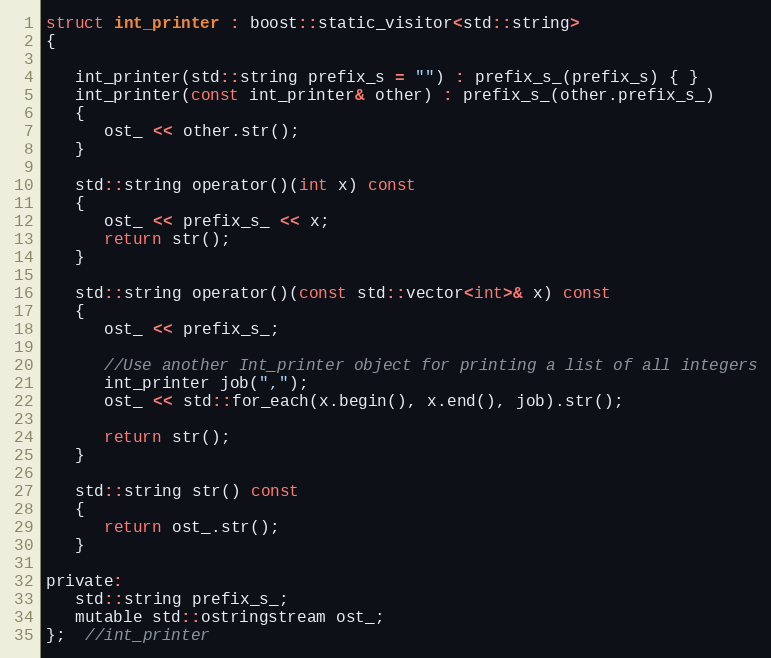
Language: C
struct int_printer : boost::static_visitor<std::string>
{

   int_printer(std::string prefix_s = "") : prefix_s_(prefix_s) { }
   int_printer(const int_printer& other) : prefix_s_(other.prefix_s_)
   {
      ost_ << other.str();
   }

   std::string operator()(int x) const
   {
      ost_ << prefix_s_ << x;
      return str();
   }

   std::string operator()(const std::vector<int>& x) const
   {
      ost_ << prefix_s_;

      //Use another Int_printer object for printing a list of all integers
      int_printer job(",");
      ost_ << std::for_each(x.begin(), x.end(), job).str();

      return str();
   }

   std::string str() const
   {
      return ost_.str();
   }

private:
   std::string prefix_s_;
   mutable std::ostringstream ost_;
};  //int_printer